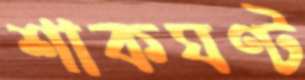
শাকঘণ্ট